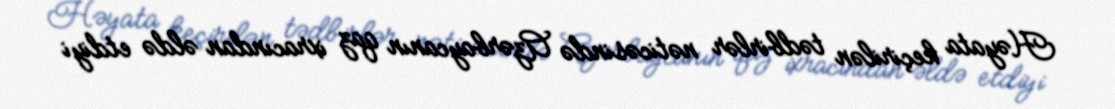
Həyata keçirilən tədbirlər nəticəsində Azərbaycanın qaz ixracından əldə etdiyi